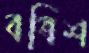
বত্রিশ